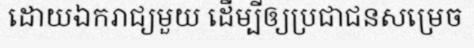
ដោយឯករាជ្យមួយ ដើម្បីឲ្យប្រជាជនសម្រេច